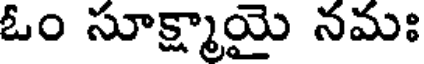
ఓం సూక్ష్మాయై నమః